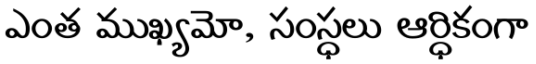
ఎంత ముఖ్యమో, సంస్ధలు ఆర్ధికంగా